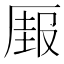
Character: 𰆣